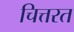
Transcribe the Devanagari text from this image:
चित्तरत